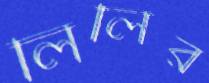
লিলির